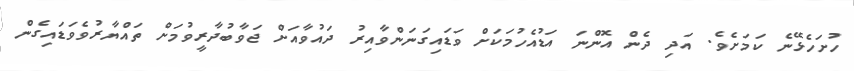
ހުށަހެޅޭނެ ކަމަށެވެ. އަދި ދެން އޮންނަ އަޑުއެހުމަކަށް ވަޑައިގަނަންވާއިރު ދައުވާއަށް ޖަވާބުދާރީވުމަށް ތައްޔާރުވެވަޑައިގެން